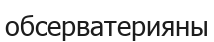
обсерватерияны